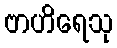
ဗာဟိရေသု